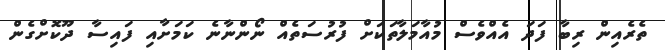
ތެރެއިން ރިބާ ފަދަ އެއްވެސް މުއާމަލާތަކަށް ފުރުސަތެއް ނޯންނާނެ ކަމަށާއި ފައިސާ ދޫކޮށްގެން